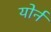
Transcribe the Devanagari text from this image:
योर्न